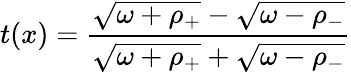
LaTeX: t(x)={\frac{\sqrt{\omega+\rho_{+}}-\sqrt{\omega-\rho_{-}}}{\sqrt{\omega+\rho_{+}}+\sqrt{\omega-\rho_{-}}}}